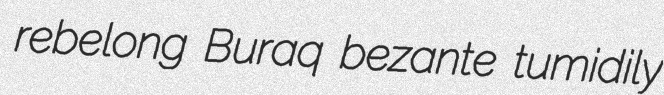
rebelong Buraq bezante tumidily